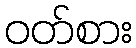
ဝတ်စား